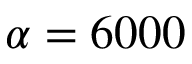
\alpha = 6 0 0 0